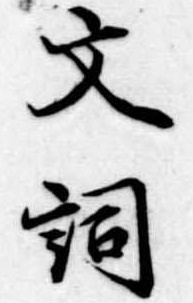
文詞